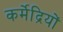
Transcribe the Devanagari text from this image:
कर्मेद्रियों